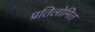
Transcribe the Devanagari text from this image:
प्रतिलोमित